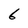
Character: 6